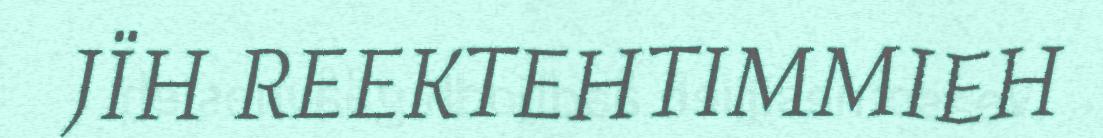
JÏH REEKTEHTIMMIEH